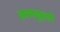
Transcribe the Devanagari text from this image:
रमणगृहासी